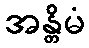
အန္တိမံ